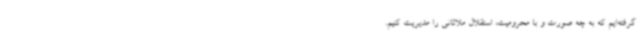
گرفته‌ایم که به چه صورت و با محرومیت، استقلال ملاثانی را مدیریت کنیم.